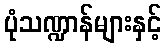
ပုံသဏ္ဍာန်များနှင့်